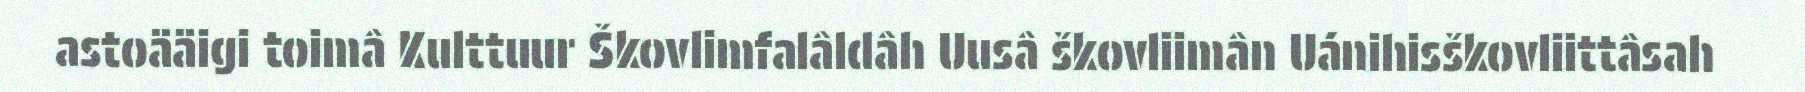
astoääigi toimâ Kulttuur Škovlimfalâldâh Uusâ škovliimân Uánihisškovliittâsah